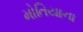
મોતિયાના